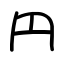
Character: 円